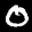
Label: 0